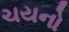
ચયનો